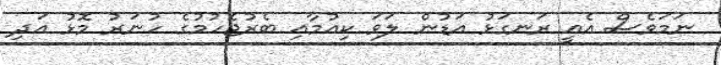
ނަމަވެސް އެއީ ރަނގަޅު އަޑުން ލަވަ ކިއުމާއި ބެރުޖެހުމުގެ ހުނަރު މޮޅު އަދި